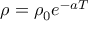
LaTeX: \rho = \rho _ { 0 } e ^ { - a T }